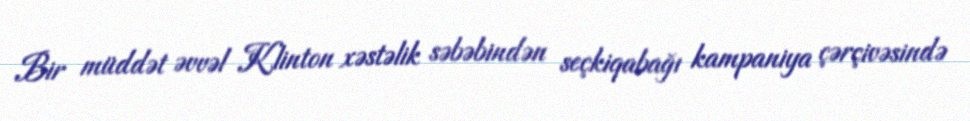
Bir müddət əvvəl Klinton xəstəlik səbəbindən seçkiqabağı kampaniya çərçivəsində